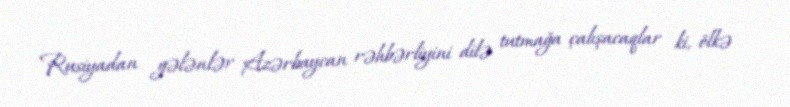
Rusiyadan gələnlər Azərbaycan rəhbərliyini dilə tutmağa çalışacaqlar ki, ölkə